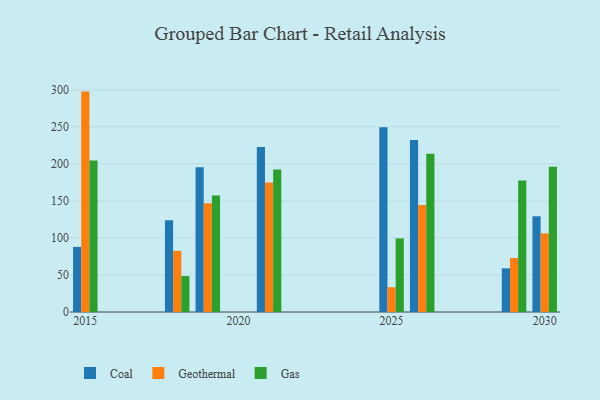
{"axis": {"x": "Year", "y": "LTV (USD)"}, "legend": ["Coal", "Gas", "Geothermal"], "data": [{"x": "2025", "y": 249.5, "type": "Coal"}, {"x": "2025", "y": 33.4, "type": "Geothermal"}, {"x": "2025", "y": 99.4, "type": "Gas"}, {"x": "2030", "y": 129.4, "type": "Coal"}, {"x": "2030", "y": 106.2, "type": "Geothermal"}, {"x": "2030", "y": 196.0, "type": "Gas"}, {"x": "2029", "y": 59.0, "type": "Coal"}, {"x": "2029", "y": 72.9, "type": "Geothermal"}, {"x": "2029", "y": 177.6, "type": "Gas"}, {"x": "2021", "y": 222.9, "type": "Coal"}, {"x": "2021", "y": 174.8, "type": "Geothermal"}, {"x": "2021", "y": 192.4, "type": "Gas"}, {"x": "2015", "y": 87.9, "type": "Coal"}, {"x": "2015", "y": 297.6, "type": "Geothermal"}, {"x": "2015", "y": 204.4, "type": "Gas"}, {"x": "2019", "y": 195.6, "type": "Coal"}, {"x": "2019", "y": 146.8, "type": "Geothermal"}, {"x": "2019", "y": 157.3, "type": "Gas"}, {"x": "2018", "y": 123.8, "type": "Coal"}, {"x": "2018", "y": 82.5, "type": "Geothermal"}, {"x": "2018", "y": 48.5, "type": "Gas"}, {"x": "2026", "y": 232.2, "type": "Coal"}, {"x": "2026", "y": 144.4, "type": "Geothermal"}, {"x": "2026", "y": 213.6, "type": "Gas"}]}